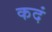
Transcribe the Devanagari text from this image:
कदं